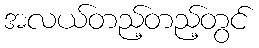
အလယ်တည့်တည့်တွင်